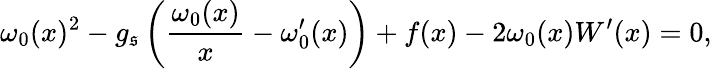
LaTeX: \omega_{0}(x)^{2}-g_{\mathfrak{s}}\left(\frac{{\omega_{0}(x)}}{{x}}-\omega_{0}^{\prime}(x)\right)+f(x)-2\omega_{0}(x)W^{\prime}(x)=0,